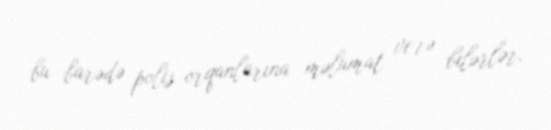
bu barədə polis orqanlarına məlumat verə bilərlər.